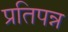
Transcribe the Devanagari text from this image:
प्रतिपन्न